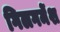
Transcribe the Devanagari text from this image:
गिलगमेंश